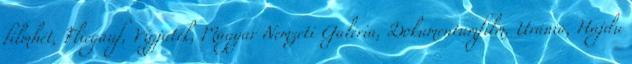
filmhét, Fliegauf, Vígjáték, Magyar Nemzeti Galéria, Dokumentumfilm, Uránia, Hajdu